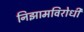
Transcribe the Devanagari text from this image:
निझामविरोधी